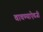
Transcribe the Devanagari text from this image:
वाचण्याऐवजी